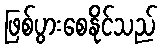
ဖြစ်ပွားစေနိုင်သည်